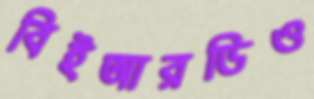
বিইআরডিও